Indian journal of veterinary science and animal husbandry - Volumes 18-21, 1948-1951
Year: 1948
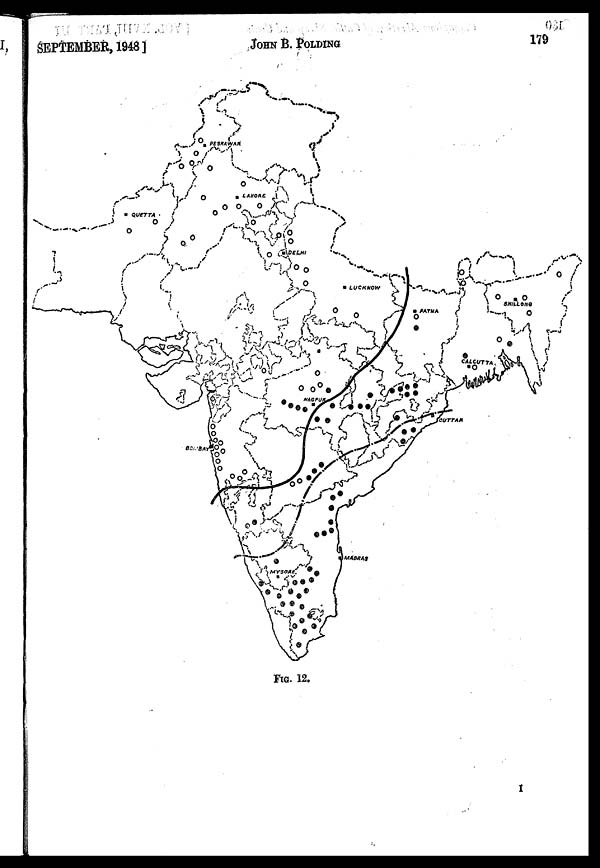
SEPTEMBER, 1948]
JOHN
B.
POLDING
179
FIG. 12.
1